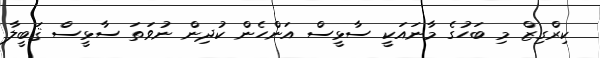
ކިރްގިޒް މި ބަހުގެ މާނައަކީ ސާޅީސް އަންހެން ކުދިން ނުވަތަ ސާޅީސް ޤަބީލާ